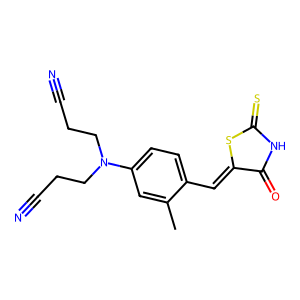
SMILES: Cc1cc(N(CCC#N)CCC#N)ccc1C=C1SC(=S)NC1=O
Inhibits HIV replication: No